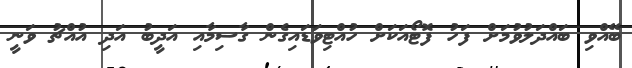
ބޭއްވި ބައްދަލުވުމަށް ފަހު ފޮޓޯއަކަށް ހުއްޓިވަޑައިގެން ގާސިމާއި އަދީބު އަދި އުއްޗު ވަނީ